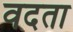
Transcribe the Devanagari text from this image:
वदता